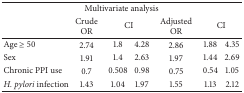
<table><thead><tr><td colspan="7"><b>Multivariate analysis</b></td></tr><tr><td>[EMPTY_CELL]</td><td><b>Crude OR</b></td><td colspan="2"><b>CI</b></td><td><b>Adjusted OR</b></td><td colspan="2"><b>CI</b></td></tr></thead><tbody><tr><td>Age ≥ 50</td><td>2.74</td><td>1.8</td><td>4.28</td><td>2.86</td><td>1.88</td><td>4.35</td></tr><tr><td>Sex</td><td>1.91</td><td>1.4</td><td>2.63</td><td>1.97</td><td>1.44</td><td>2.69</td></tr><tr><td>Chronic PPI use</td><td>0.7</td><td>0.508</td><td>0.98</td><td>0.75</td><td>0.54</td><td>1.05</td></tr><tr><td><i>H. pylori</i> infection</td><td>1.43</td><td>1.04</td><td>1.97</td><td>1.55</td><td>1.13</td><td>2.12</td></tr></tbody></table>